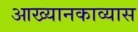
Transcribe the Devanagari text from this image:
आख्यानकाव्यास